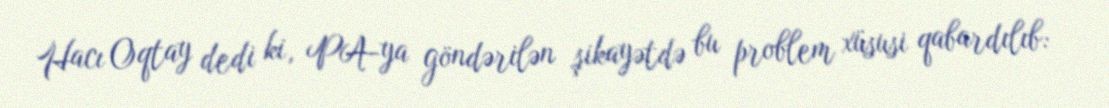
Hacı Oqtay dedi ki, PA-ya göndərilən şikayətdə bu problem xüsusi qabardılıb: